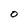
Character: O